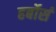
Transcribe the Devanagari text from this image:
हर्बोर्स